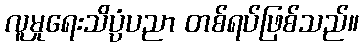
လူမှုရေးသိပ္ပံပညာ တစ်ရပ်ဖြစ်သည်။